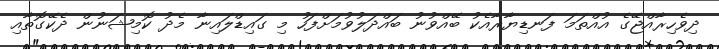
ދިވެހިރާއްޖޭގެ އުއްތަމަ ފަނޑިޔާރާއެކު ބޭއްވުނު ބައްދަލުވުމަށްފަހު މި ގައިޑްލައިނާ މެދު ކޮމިޝަނުން ދެކޭގޮތާއި